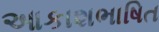
આકાશભાષિત